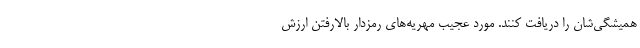
همیشگی‌شان را دریافت کنند. مورد عجیب مهریه‌های رمزدار بالارفتن ارزش